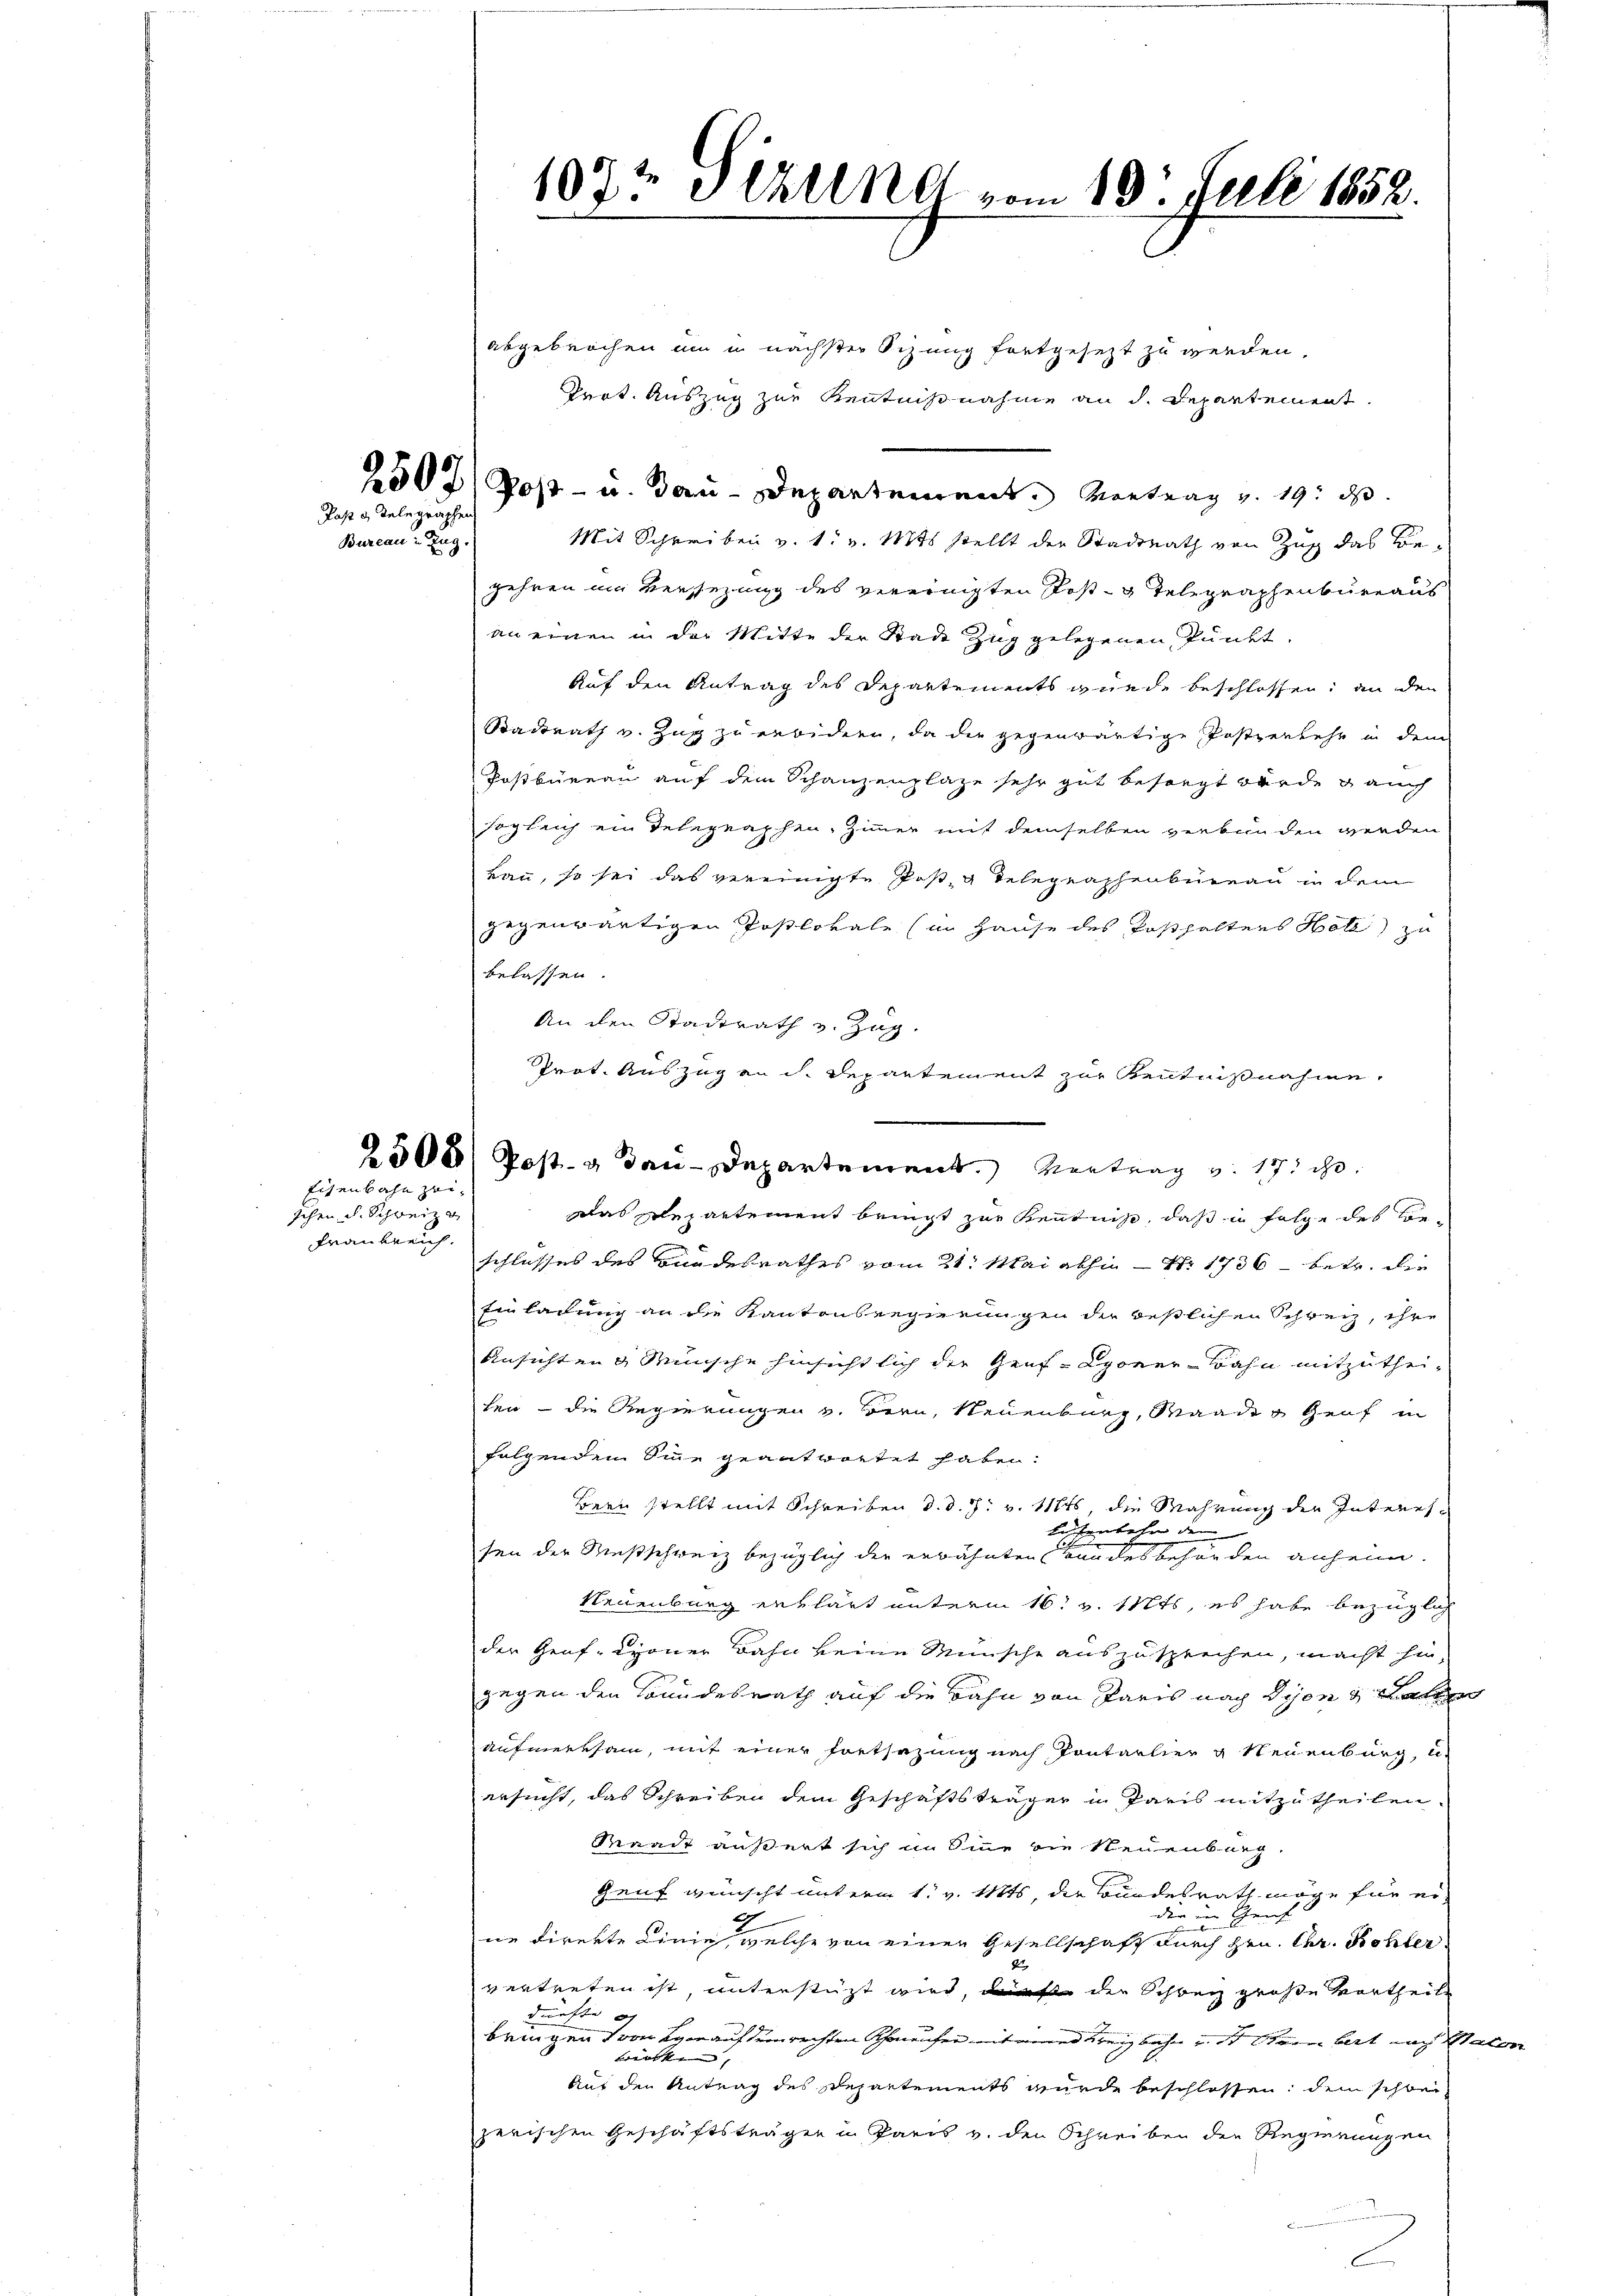
schen d. Schweiz
Frankreich.

Post & Delegraphe
Bureau in Zug.

Eisenbahn zei¬

197te 8 Uhrend vom 19. Juli 1852.

abgebrochen um in nächster Sitzung fortgesezt zu werden,
Prot. Auszug zur Kenntnißnahme an d. Departement.
Mit Schreiben v. 1. v. Mts. stellt der Stadtrath von Zug das Be-
gehren um Versezung des vereinigten Post-Telegraphenbureaus
an einen in der Mitte der Stade Zug gelegenen Punkt,
Auf den Antrag des Departements wurde beschlossen, an den
Stadtrath v. Zug zu erwidern, da die gegenwärtige Postverkehr in dem
Postbüreau auf dem Schanzenplaze sehr gut besorgt wurde auch
sogleich ein Telegraphen, Zimmer mit demselben verbunden werden
Bau, so sei das vereinigte Post- & Telegraphenbüreau in dem
gegenwärtigen Postlokale (in Hause des Posthalters Holz zu
belassen.
An den Stadtrath v. Zug.
Teit. Auszug an dh. Departement zur Kenntnißnahme,
.
Das Repartement bringt zur Kenntnis, daß in folge des Beschlusses des Bandesrathes vom 21. Mai abhin – Nr. 1736 betr. die
Einladung an die Kantonsregierungen der restlichen Schreiz, ihre
Ansichten Wünsche hinsichtlich der Gruf-Lyoner-Bahn mitzutheihen – die Regierungen v. Bern, Neuenburg, Mandes Genf in
folgendem Sinne geantwortet haben:
Bern stellt mit Schreiben d. d. J. v. 118, die Wahrung der Interes
leisenbahn der
sen der Mußschweiz bezüglich der erwähnten Bandesbehörden anheim
Neuenburg erklärt unterm 16t v. Mts, es habe bezüglich
der Genf, Lyoner Bahn keine Wünsche auszusprechen, macht hingegen den Bundesrath auf die Bahn von Paris nach Disen & Batten
aufmerksam, mit einer Fortsezung nach Pontarlier u Neuenburg, u
ersucht, das Schreiben dem Geschäftsträger in Paris mitzutheilen.
Raade äußert sich im Sinne die Neuenburg,
Genf wünscht unterm 1. v. Mts, die Bundesrath möge für ei-
nnicht
der
2
ne direkte Linie, welche von einer Gesellschaft durch Hrn. Chr. Röhler
2
vertreten ist, unterstüzt wird, dürfte der Schweiz große Vortheile
dürfte ich
bringen von vorauf dem rechten Schaufer mit ein Kreizbahn u. dr Ohren bert nach Mater
trinken, |
Auf den Antrag des Repartements wurde beschlossen, dem schlei-
zerischen Geschäftsträgen in Paris v. den Schreiben der Regierungen

508/ Post- u Bau-Departement. Vertrag v. 17.

2507/ Post- u. Bau-Departement. Vortrag v. 19. ds.